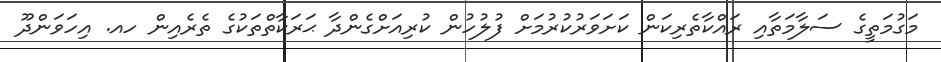
މަގުމަތީގެ ސަލާމަތާއި ރައްކާތެރިކަން ކަށަވަރުކުރުމަށް ފުލުހުން ކުރިއަށްގެންދާ ޙަރަކާތްތަކުގެ ތެރެއިން ހއ. އިހަވަންދޫ